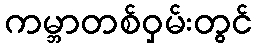
ကမ္ဘာတစ်ဝှမ်းတွင်